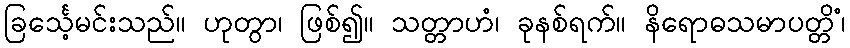
ခြင်္သေ့မင်းသည်။ ဟုတွာ၊ ဖြစ်၍။ သတ္တာဟံ၊ ခုနစ်ရက်။ နိရောဓသမာပတ္တိံ၊